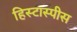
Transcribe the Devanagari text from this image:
हिस्टास्पीस